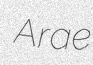
Arae